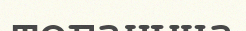
тоғанына